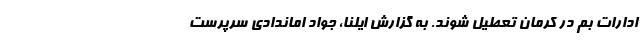
ادارات بم در کرمان تعطیل شوند. به گزارش ایلنا، جواد اماندادی سرپرست